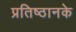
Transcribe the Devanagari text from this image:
प्रतिष्ठानके